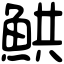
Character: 䱋